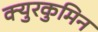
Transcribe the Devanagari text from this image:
क्युरकुमिन